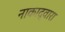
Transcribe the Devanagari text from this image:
नाकाद्वारा